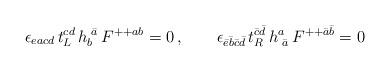
LaTeX: \begin{align*}\epsilon_{eacd}\, t^{cd}_L\, h_b^{\,\,\bar a}\, F^{++ab} = 0\,,\qquad\epsilon_{\bar e\bar b\bar c\bar d}\, t^{\bar c\bar d}_R\,h^a_{\,\,\bar a} \,F^{++\bar a \bar b} = 0\end{align*}